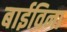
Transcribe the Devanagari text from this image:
बाईविना